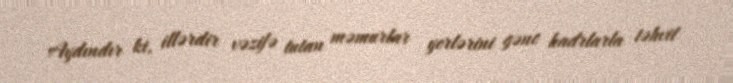
Aydındır ki, illərdir vəzifə tutan məmurlar yerlərini gənc kadrlarla təhvil